Newspaper: The daily gazette. [volume]
Place of publication: Wilmington, Del.
Publisher: C.P. Johnson
Date: 1880-09-20 00:00:00
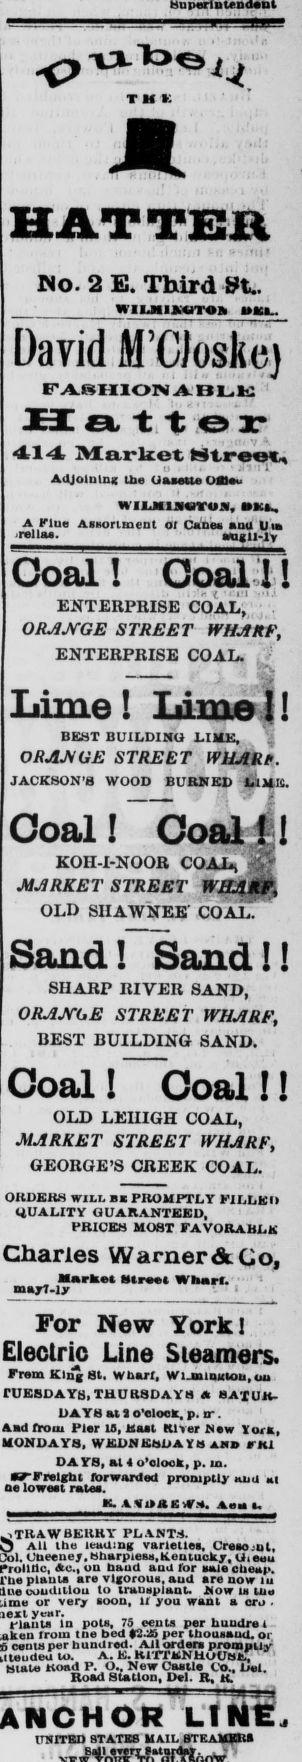
Advertisement text (OCR):
hu per u T H K HATTER No. 2 E. Third St.. wiuiit«m »«a.. David M'CJoskc) FASHIONABLE H atter 414 Market Street, Adjoining the UwUtOBa. HII.MI.NWYUN, mu. A Flue Assortment ot Canes and Uta relia». _ mgll-lv Goal ! Goal 11 . V. I • I I ENTERPRISE COAL, ORANGE STREET WHARF, ENTERPRISE COAL. Lime! Limel! BEBT BUILDING LIME, ORAJVGE STREET WUARt. JACKSON'S WOOD BURNED LIME. Coal! Coalf! KOH-I-NOOR COAL, MARKET STREET WHAgp, OLD SIIAWNEE COAL. Sand! Sand!! SHARP RIVER SAND, ORANGE STREET WHARF , BEST BUILDING SAND. Coal ! Goal ! ! OLD LEIIIGH COAL, MARKET STREET WHARF, GEORGE'S CREEK COAL. OltUBUS WILI. BE PROMPTLY F1LLKH QUALITY GUARANTEED, PRICES MOST FAVORABLE Charles Warner A Co, Market street Wharf. •n.yî-ly For New York! Electric Line Steamers. From King St. wharf, Wianingiou, rUKSDAYS, THURSDAYS A BA'fUK DAYS at 2 o'clock, p. nr . And from Pier IS, Raat River New York, MONDAYS, WEDNESDAYS and rKi DAYS, at 4 o'clock, p. in. •OTFreight forwarded promptly and at oe loweet rates. K AUDAK W.-S. Abu u PLANTS. Ail the leading varieties, Cresomt, Cueeney.Sharpiess.Keutucky, Uieeu Ac., on haud and for sale cheap. plant* are vigorous, aud are now iu couditlou to transplant. Now is tne or very soon, if you want a cro . year. plants in pots, 75 cents per huudre 1 from tne bed $2.25 per thousand, or cents per hundred. All orders prompiiy to. A. E. KiTTENHoUSE, State Road P. O.. New Castle Co., Del. Road Station, Del. R % K. LINE, UNITED STATES HAIL STEAMER*
Label: illustrations